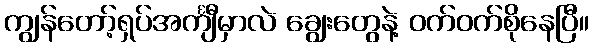
ကျွန်တော့်ရှပ်အင်္ကျီမှာလဲ ချွေးတွေနဲ့ ဝက်ဝက်စိုနေပြီ။